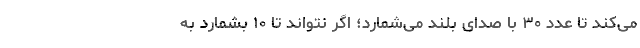
می‌کند تا عدد ۳۰ با صدای بلند می‌شمارد؛ اگر نتواند تا ۱۰ بشمارد به